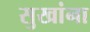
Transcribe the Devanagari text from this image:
सुखांना